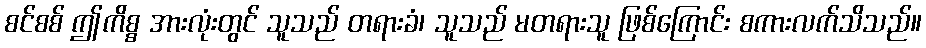
စင်စစ် ဤကိစ္စ အားလုံးတွင် သူသည် တရားခံ၊ သူသည် မတရားသူ ဖြစ်ကြောင်း စကားလက်သိသည်။